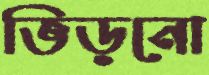
ভিড়নো